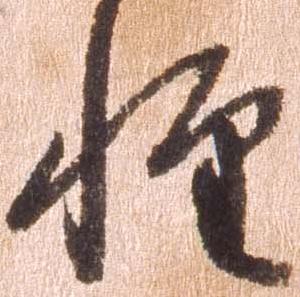
惶